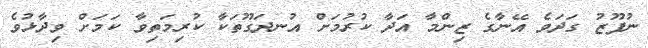
ނުފޫޒު ގަދަވެ އޭނާގެ ޒިންމާ އަދާ ކުރުމަށް އުނދަގޫތަކާ ކުރިމަތިވާ ކަމަށް ވިދާޅުވެ